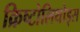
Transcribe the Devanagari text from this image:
क्रिष्टोलिथोड्स